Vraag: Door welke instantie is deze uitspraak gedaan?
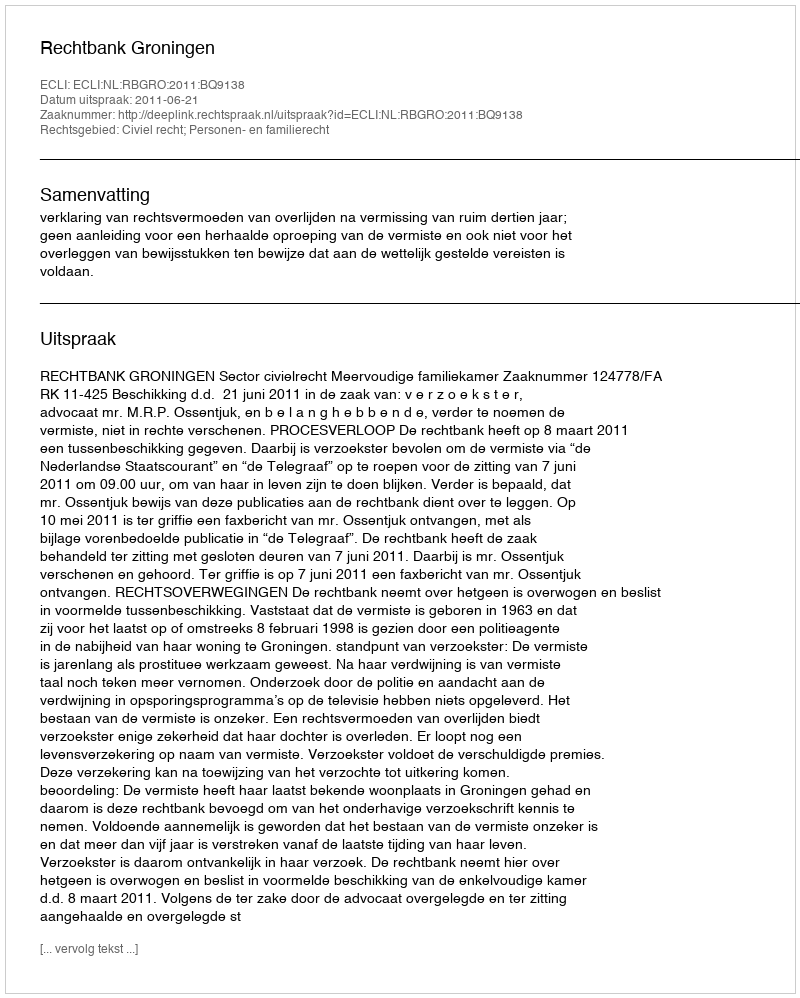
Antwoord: Rechtbank Groningen